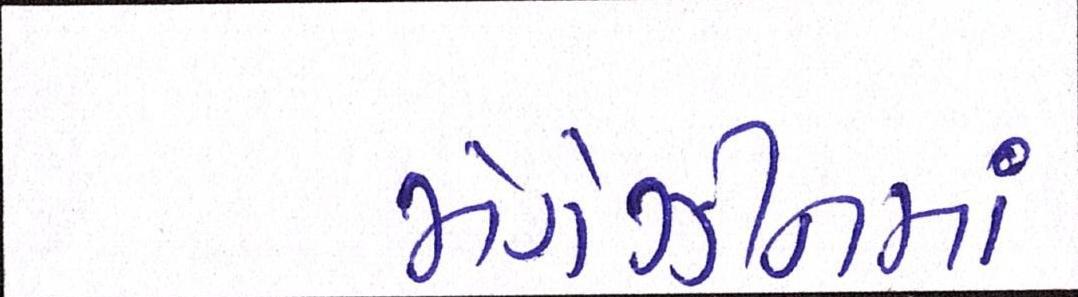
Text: મેગેઝીનમાં